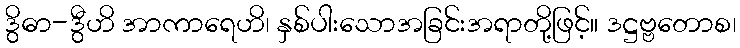
ဒွိဓာ-ဒွီဟိ အာကာရေဟိ၊ နှစ်ပါးသောအခြင်းအရာတို့ဖြင့်။ ဒဋ္ဌဗ္ဗတောစ၊